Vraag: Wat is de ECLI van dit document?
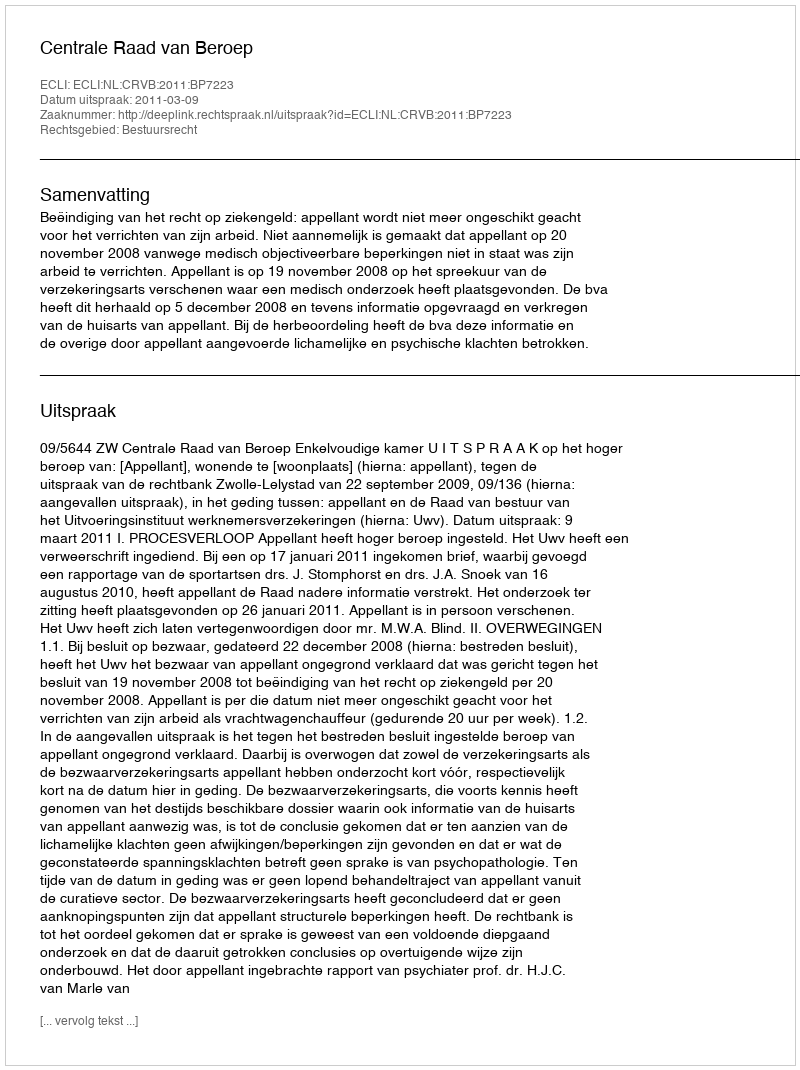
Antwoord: ECLI:NL:CRVB:2011:BP7223